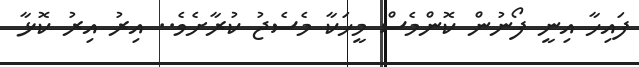
ފައިހާ އިނީ ފޯނުން ކޮންމެސް މީހަކާ މެސެޖު ކުރާށެވެ.. އިރު އިރު ކޮޅާ